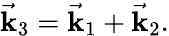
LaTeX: {\vec{\mathbf{k}}}_{3}={\vec{\mathbf{k}}}_{1}+{\vec{\mathbf{k}}}_{2}.